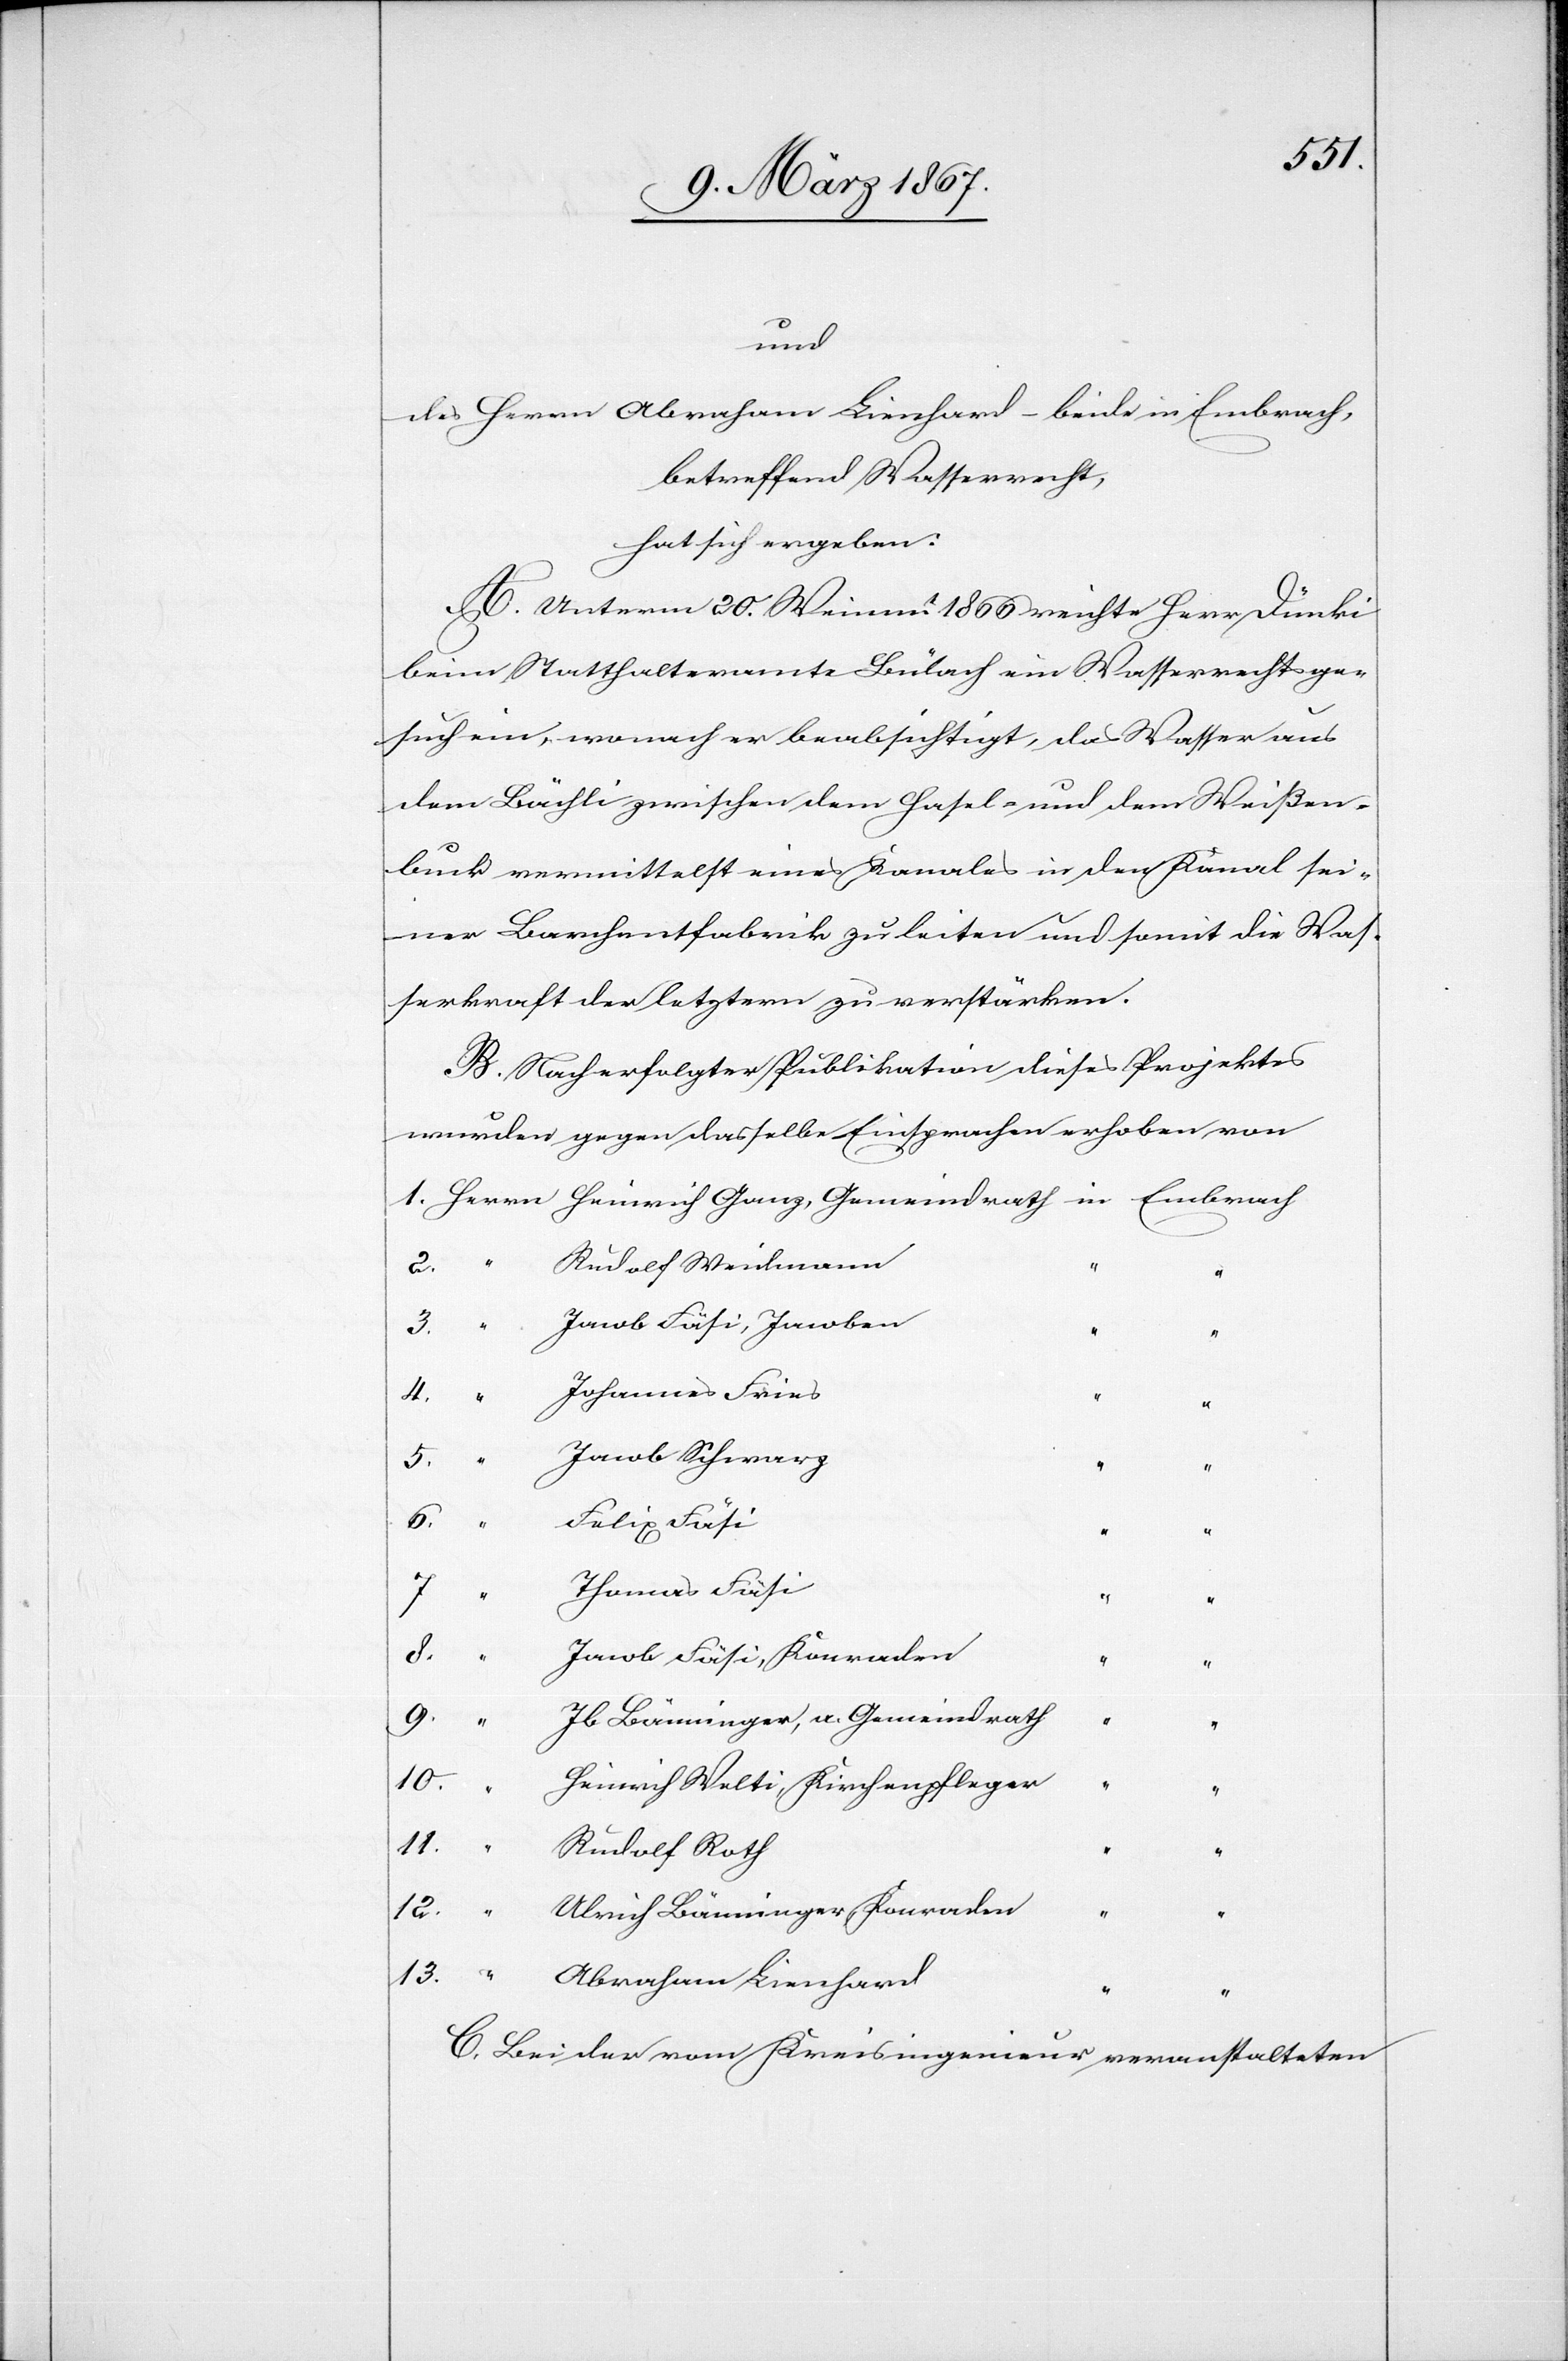
und
des Herrn Abraham Lienhard – beide in Embrach,
betreffend Wasserrecht,
A. Unterm 20. Weinm. 1866 reichte Herr Dünki
beim Statthalteramte Bülach ein Wasserrechtsge¬
such ein, wonach er beabsichtigt, das Wasser aus
dem Bächli zwischen dem Hasel- und dem Weißen¬
buck vermittelst eines Kanales in den Kanal sei¬
ner Barchentfabrik zu leiten und somit die Was¬
serkraft der letztern zu verstärken.
B. Nach erfolgter Publikation dieses Projektes
wurden gegen dasselbe Einsprachen erhoben von
Rudolf Weidmann
3.
“
Jacob Fäsi, Jacoben
Johannes Fries
9.
Jacob Schwarz
6.
Felix Fäsi
7.
Thomas Fäsi
“
8.
Jacob Fäsi, Konraden
Jb Bänninger, a. Gemeindrath
Heinrich Welti, Kirchenpfleger
10. “
“
11.
Rudolf Roth
“
12.
Ulrich Bänninger, Konraden
“
13.
Abraham Lienhard
C. Bei der vom Kreisingenieur veranstalteten